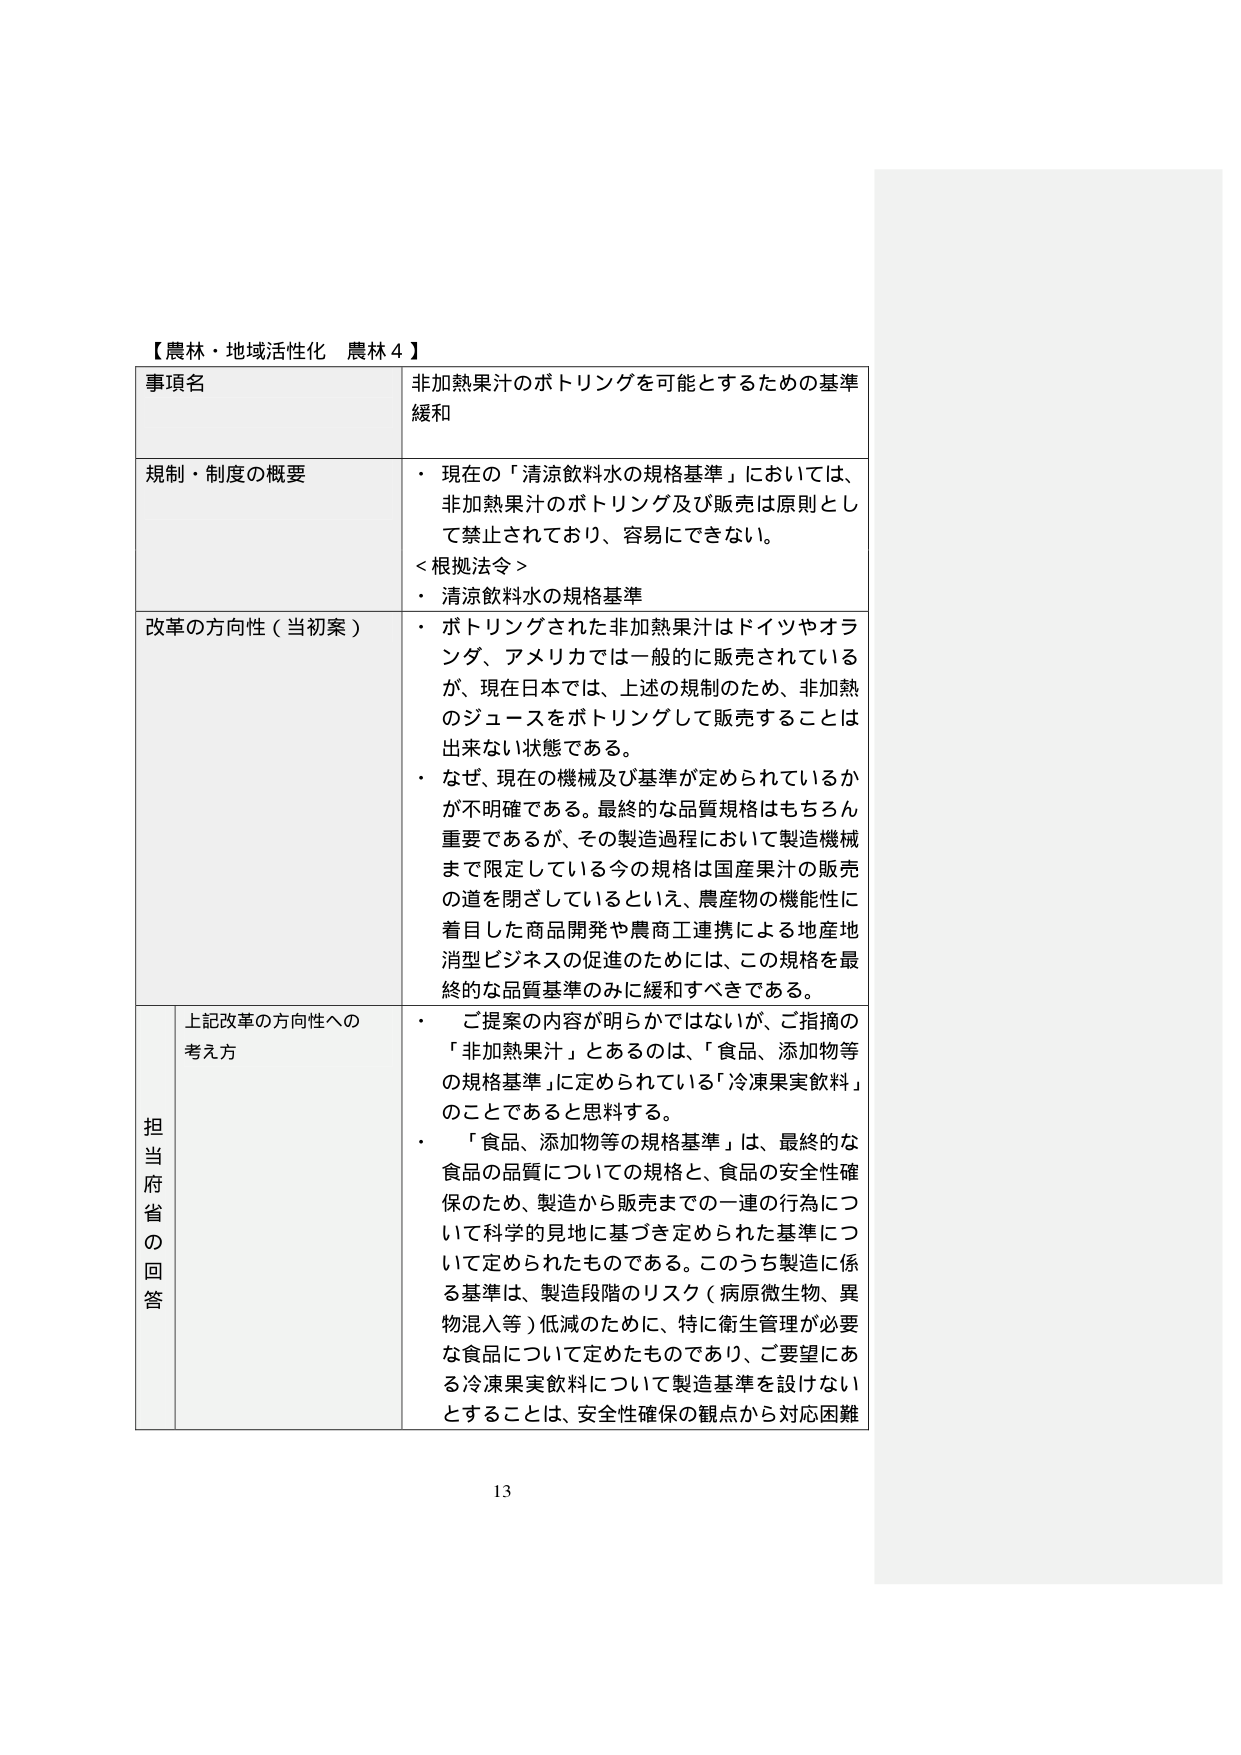
【農林・地域活性化 農林４】

事項名
非加熱果汁のボトリングを可能とするための基準緩和

規制・制度の概要
・ 現在の「清涼飲料水の規格基準」においては、非加熱果汁のボトリング及び販売は原則として禁止されており、容易にできない。
＜根拠法令＞
・ 清涼飲料水の規格基準

改革の方向性（当初案）
・ ボトリングされた非加熱果汁はドイツやオランダ、アメリカでは一般的に販売されているが、現在日本では、上述の規制のため、非加熱のジュースをボトリングして販売することは出来ない状態である。
・ なぜ、現在の機械及び基準が定められているかが不明確である。最終的な品質規格はもちろん重要であるが、その製造過程において製造機械まで限定している今の規格は国産果汁の販売の道を閉ざしているといえ、農産物の機能性に着目した商品開発や農商工連携による地産地消型ビジネスの促進のためには、この規格を最終的な品質基準のみに緩和すべきである。

担当府省の回答
上記改革の方向性への考え方
・ ご提案の内容が明らかではないが、ご指摘の「非加熱果汁」とあるのは、「食品、添加物等の規格基準」に定められている「冷凍果実飲料」のことであると思料する。
・ 「食品、添加物等の規格基準」は、最終的な食品の品質についての規格と、食品の安全性確保のため、製造から販売までの一連の行為について科学的見地に基づき定められた基準について定められたものである。このうち製造に係る基準は、製造段階のリスク（病原微生物、異物混入等）低減のために、特に衛生管理が必要な食品について定めたものであり、ご要望にある冷凍果実飲料について製造基準を設けないということは、安全性確保の観点から対応困難

13